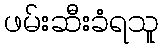
ဖမ်းဆီးခံရသူ